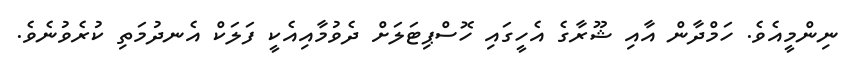
ނިންމީއެވެ. ހަމްދާން އާއި ޝޫރާގެ އެހީގައި ހޮސްޕިޓަލަށް ދެވުމާއިއެކީ ފަލަކް އެނދުމަތި ކުރެވުނެވެ.